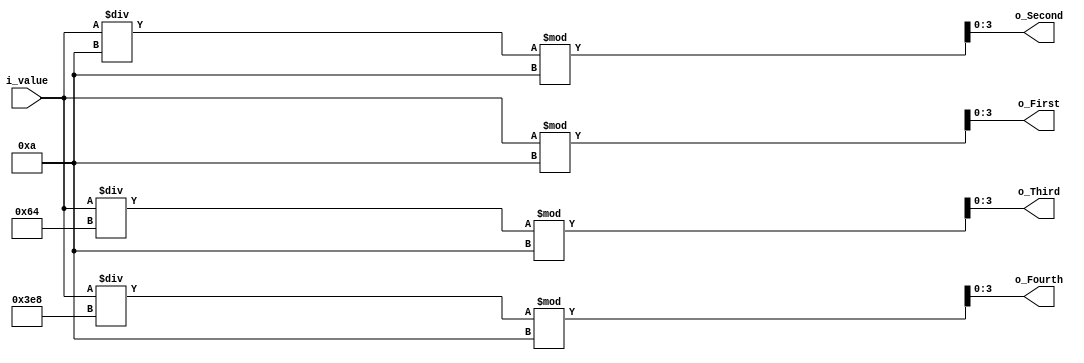
`timescale 1ns / 1ps

module digit_divider(
    input [13:0] i_value,
    output [3:0] o_Fourth, o_Third, o_Second, o_First
    );

    assign o_First   = i_value % 10;
    assign o_Second  = i_value / 10 % 10;
    assign o_Third   = i_value / 100 % 10;
    assign o_Fourth  = i_value / 1000 % 10;
endmodule